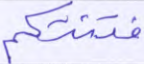
فتنتكم